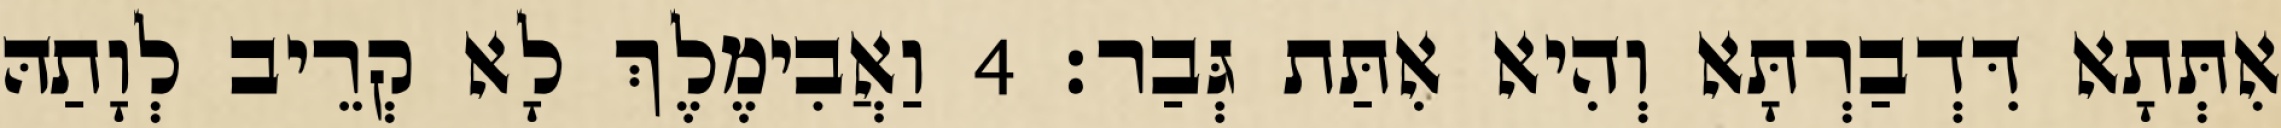
אִתְּתָא דִּדְבַרְתָּא וְהִיא אִתַּת גְּבַר׃ 4 וַאֲבִימֶלֶךְ לָא קְרֵיב לְוָתַהּ